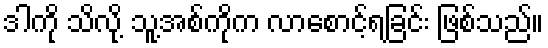
ဒါကို သိလို့ သူ့အစ်ကိုက လာစောင့်ရခြင်း ဖြစ်သည်။